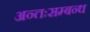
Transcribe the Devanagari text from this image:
अन्तःसम्बन्ध